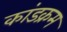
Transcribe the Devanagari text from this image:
कांडक्रम